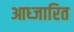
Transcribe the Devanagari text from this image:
आध्जारित